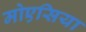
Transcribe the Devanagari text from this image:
मोएसिया